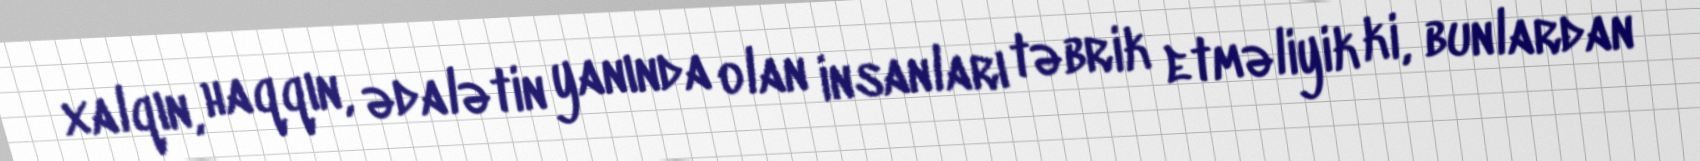
xalqın, haqqın, ədalətin yanında olan insanları təbrik etməliyik ki, bunlardan